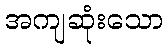
အကျဆုံးသော